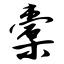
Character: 橐